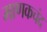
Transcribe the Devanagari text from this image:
माणकचंद